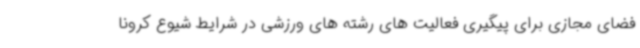
فضای مجازی برای پیگیری فعالیت های رشته های ورزشی در شرایط شیوع کرونا